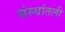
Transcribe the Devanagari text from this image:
संस्थांतली